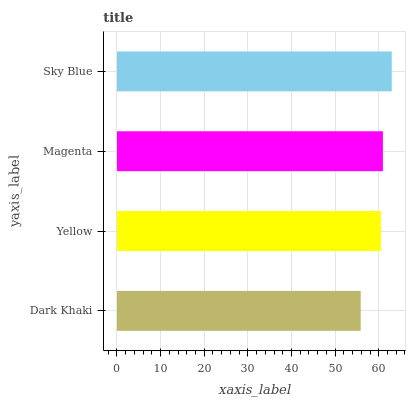
| yaxis_label | bars |
 | --- | --- |
 | Dark Khaki | 55.9 |
 | Yellow | 60.5 |
 | Magenta | 60.9 |
 | Sky Blue | 63 |